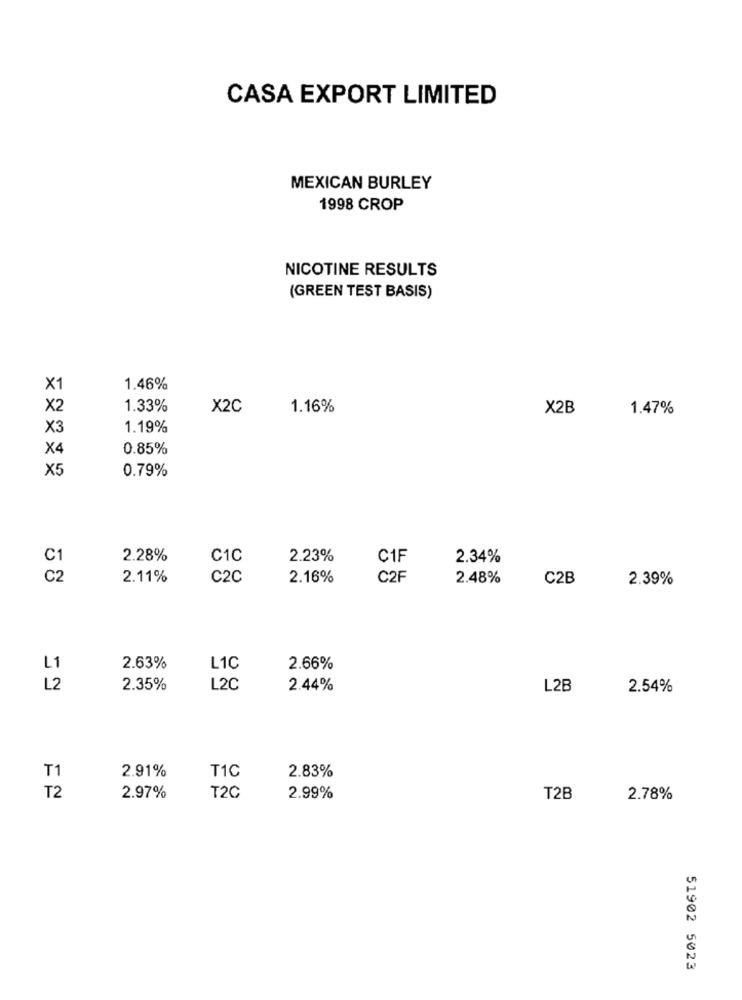
CASA EXPORT LIMITED
MEXICAN BURLEY
1998 CROP
NICOTINE RESULTS
(GREEN TEST BASIS)
X1
1.46%
X2
1.33%
X2C
1.16%
X2B
1.47%
X3
1.19%
X4
0.85%
×5
0.79%
2.28%
C1C
2.23%
C1F
2.34%
58
2.11%
C2C
2.16%
C2F
2.48%
C2B
2.39%
L1
2.63%
L1C
2.66%
L2
2.35%
L2C
2.44%
L2E
2.54%
2.91%
T1C
2.83%
T1
T2
2.97%
T2C
2.99%
T2B
2.78%
51902 5023